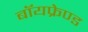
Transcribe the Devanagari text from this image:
बॉयफ्रेण्ड